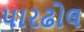
પારઢોલ